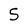
Character: 5